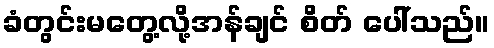
ခံတွင်းမတွေ့လို့အန်ချင် စိတ် ပေါ်သည်။